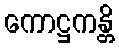
ကောဋ္ဌကန္တိ